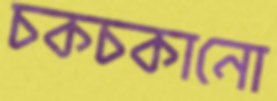
চকচকানো